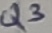
Text: Q3